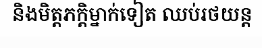
និងមិត្តភក្តិម្នាក់ទៀត ឈប់រថយន្ត